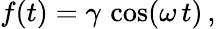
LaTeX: \begin{array}{r}{f(t)=\gamma\, \cos(\omega\, t)\, ,}\end{array}